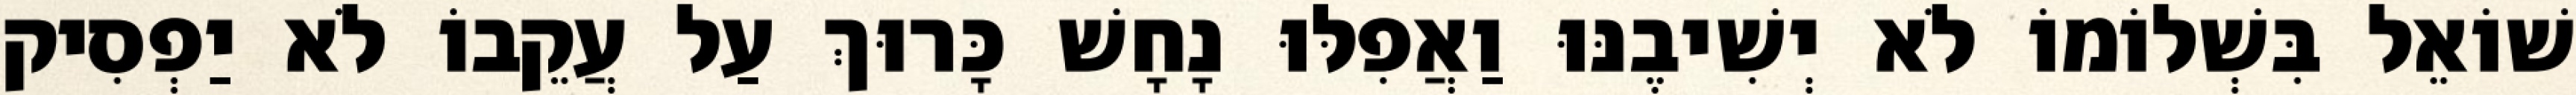
שׁוֹאֵל בִּשְׁלוֹמוֹ לֹא יְשִׁיבֶנּוּ וַאֲפִלּוּ נָחָשׁ כָּרוּךְ עַל עֲקֵבוֹ לֹא יַפְסִיק